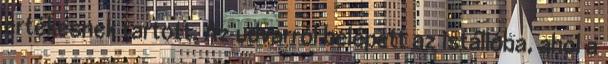
értékesnek tartott. Az udvarról belépett az istállóba, ahol a